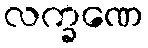
လက္ခဏေ